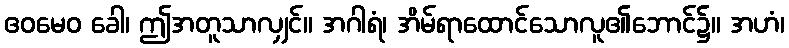
ဧဝမေဝ ခေါ၊ ဤအတူသာလျှင်။ အဂါရံ၊ အိမ်ရာထောင်သောလူ၏ဘောင်၌။ အဟံ၊